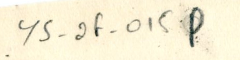
YS_2F_015P